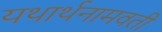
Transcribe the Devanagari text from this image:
यथार्थनामवती